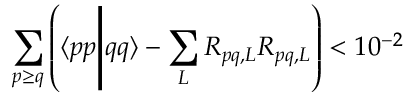
\sum _ { p \ge q } \left( \langle p p \middle | q q \rangle - \sum _ { L } R _ { p q , L } R _ { p q , L } \right) < 1 0 ^ { - 2 }